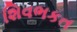
શિવભકત